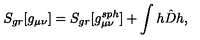
S _ { g r } [ g _ { \mu \nu } ] = S _ { g r } [ g _ { \mu \nu } ^ { s p h } ] + \int h \hat { D } h ,